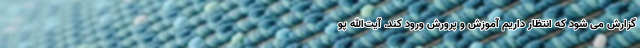
گزارش می شود که انتظار داریم آموزش‌ و پرورش ورود کند. آیت‌الله پو